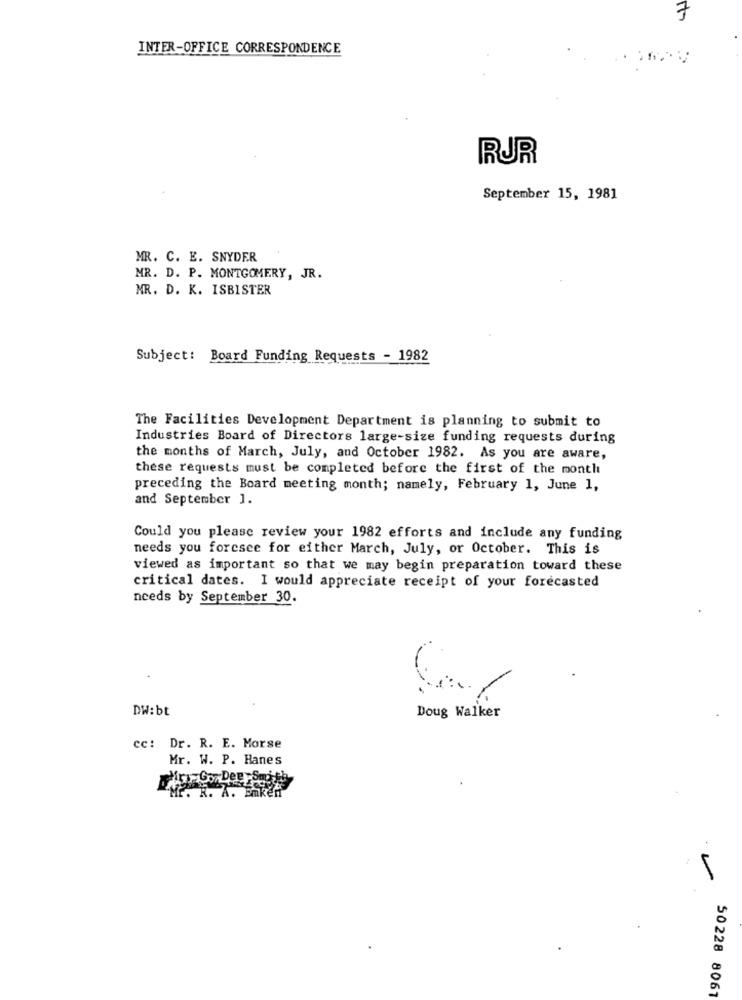
7
INTER-OFFICE CORRESPONDENCE
RUR
September 15, 1981
MR. C. E. SNYDER
MR. D. P. MONTGOMERY, JR.
NR. D. K. ISBISTER
Subject: Board Funding Requests - 1982
The Facilities Development Department is planning to submit to
Industries Board of Directors large-size funding requests during
the months of March, July, and October 1982. As you are aware,
these requests must be completed before the first of the month
preceding the Board meeting month; namely, February 1, June 1,
and September 1.
Could you please review your 1982 efforts and include any funding
needs you foresee for either March, July, or October. This is
viewed as important so that we may begin preparation toward these
critical dates. I would appreciate receipt of your forecasted
needs by September 30.
DW:bt
Doug Walker
cc: Dr. R. E. Morse
Mr. W. P. Hanes
50 228 8061